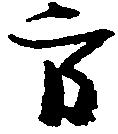
方